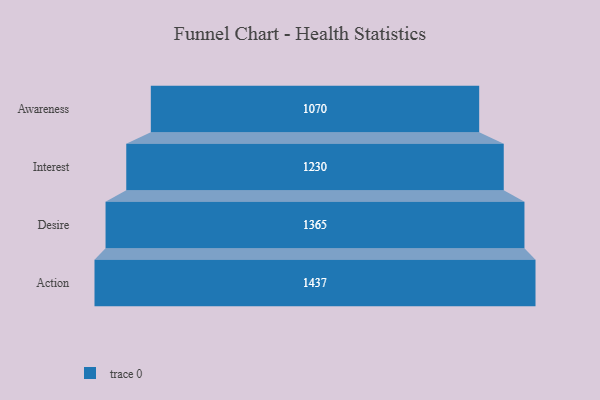
{"axis": {"x": "Stage", "y": "Value"}, "legend": [""], "data": [{"x": "Awareness", "y": 1070.0, "type": ""}, {"x": "Interest", "y": 1230.0, "type": ""}, {"x": "Desire", "y": 1365.0, "type": ""}, {"x": "Action", "y": 1437.0, "type": ""}]}